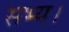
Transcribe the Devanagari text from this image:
सभ्य।